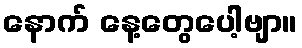
နောက် နေ့တွေပေါ့ဗျာ။